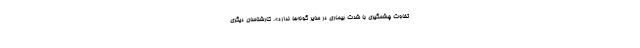
تفاوت چشمگیری با شدت بیماری در سایر گونه‌ها ندارد». کارشناسان دیگری